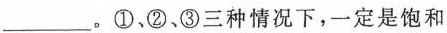
____。①、②、③三种情况下，一定是饱和